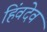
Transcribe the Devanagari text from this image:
हिंवदेव